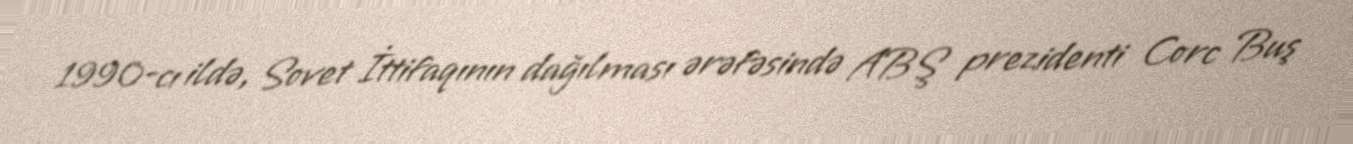
1990-cı ildə, Sovet İttifaqının dağılması ərəfəsində ABŞ prezidenti Corc Buş